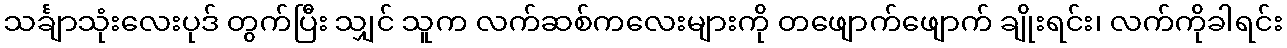
သင်္ချာသုံးလေးပုဒ် တွက်ပြီး သျှင် သူက လက်ဆစ်ကလေးများကို တဖျောက်ဖျောက် ချိုးရင်း၊ လက်ကိုခါရင်း